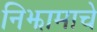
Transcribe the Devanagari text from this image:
निझामाचे